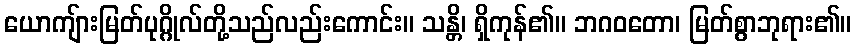
ယောကျ်ားမြတ်ပုဂ္ဂိုလ်တို့သည်လည်းကောင်း။ သန္တိ၊ ရှိကုန်၏။ ဘဂဝတော၊ မြတ်စွာဘုရား၏။